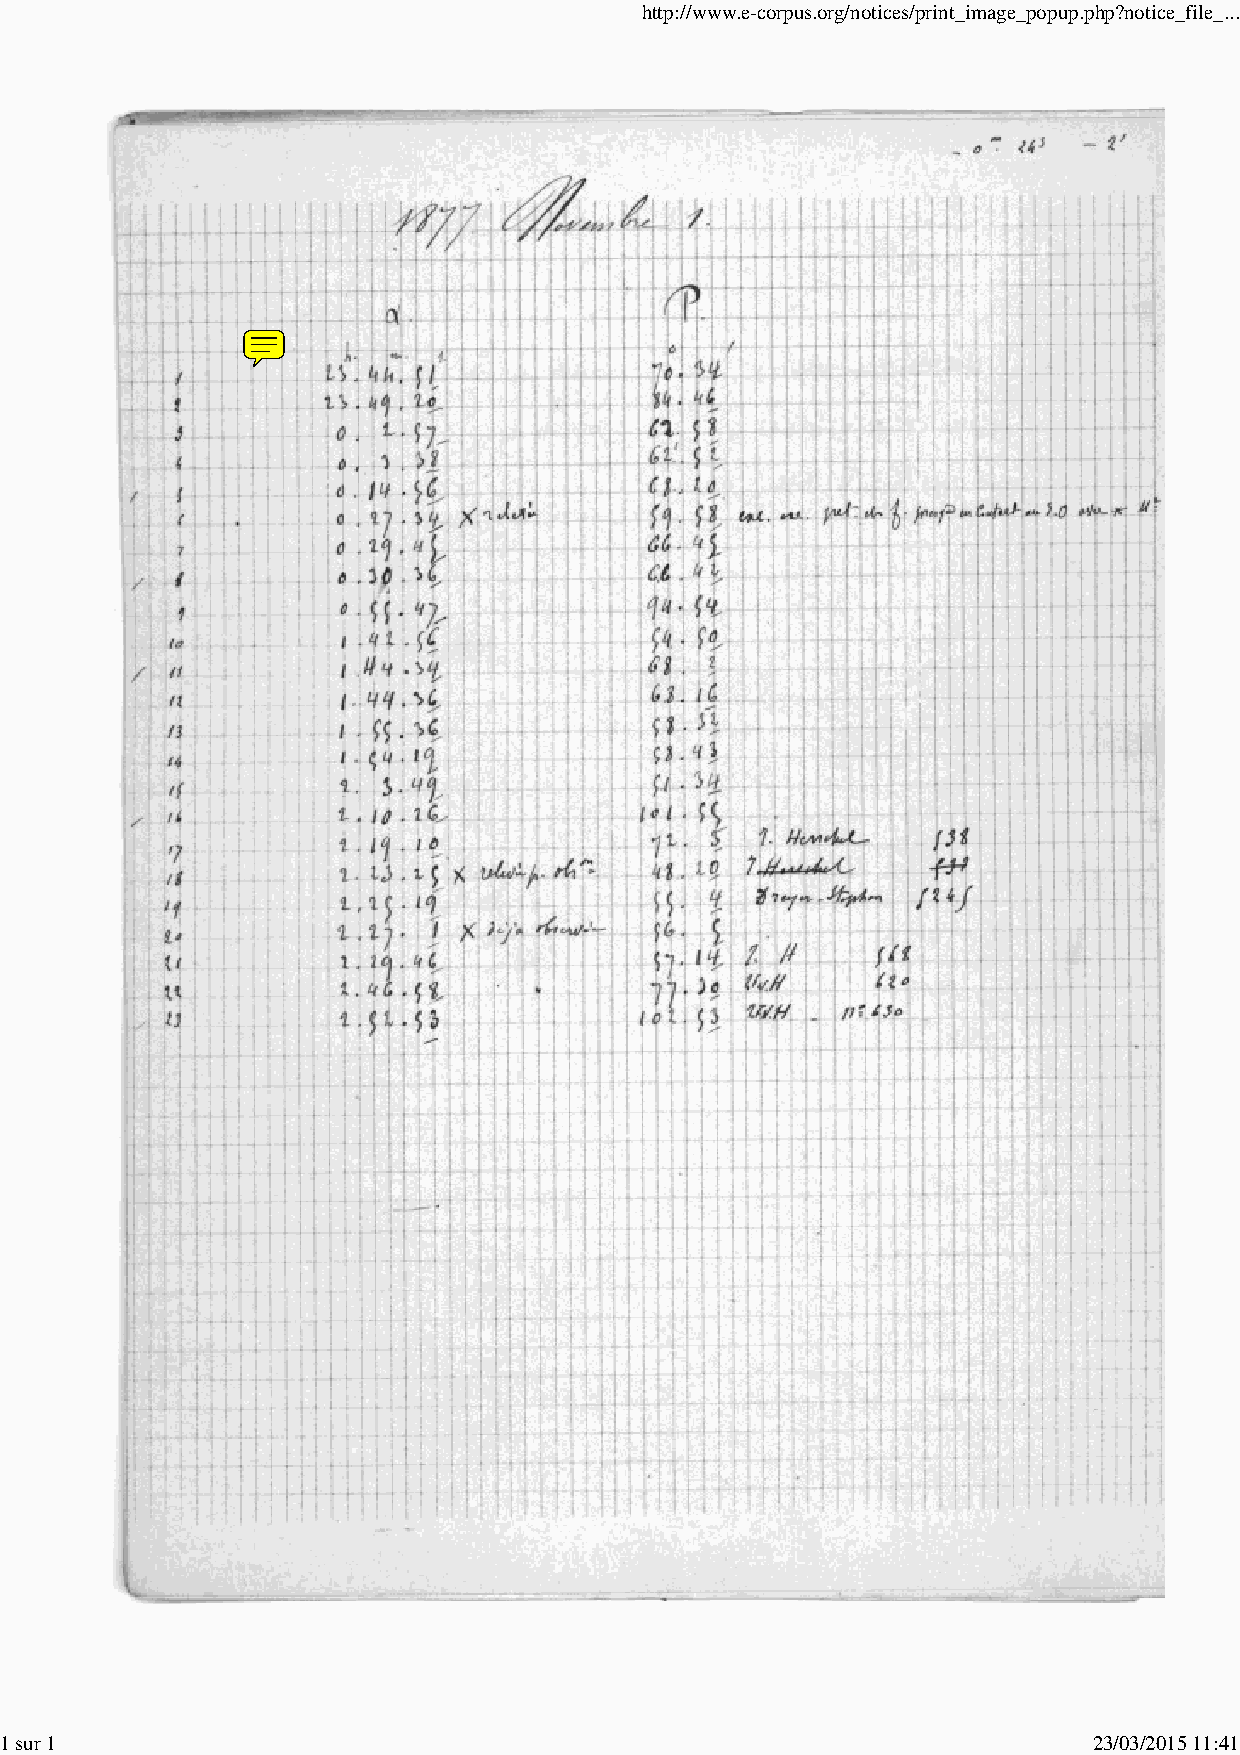
http://www.e-corpus.org/notices/print_image_popup.php?notice_file_...
 1 sur 1                                                                 23/03/2015 11:41